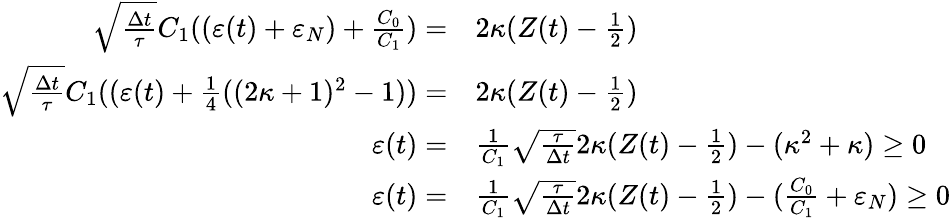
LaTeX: \begin{array}{rl}{\sqrt{\frac{\Delta t}{\tau}}C_{1}((\varepsilon(t)+\varepsilon_{N})+\frac{C_{0}}{C_{1}})=}&{{}2\kappa(Z(t)-\frac{1}{2})}\\ {\sqrt{\frac{\Delta t}{\tau}}C_{1}((\varepsilon(t)+\frac{1}{4}((2\kappa+1)^{2}-1))=}&{{}2\kappa(Z(t)-\frac{1}{2})}\\ {\varepsilon(t)=}&{{}\frac{1}{C_{1}}\sqrt{\frac{\tau}{\Delta t}}2\kappa(Z(t)-\frac{1}{2})-(\kappa^{2}+\kappa)\ge 0}\\ {\varepsilon(t)=}&{{}\frac{1}{C_{1}}\sqrt{\frac{\tau}{\Delta t}}2\kappa(Z(t)-\frac{1}{2})-(\frac{C_{0}}{C_{1}}+\varepsilon_{N})\ge 0}\end{array}